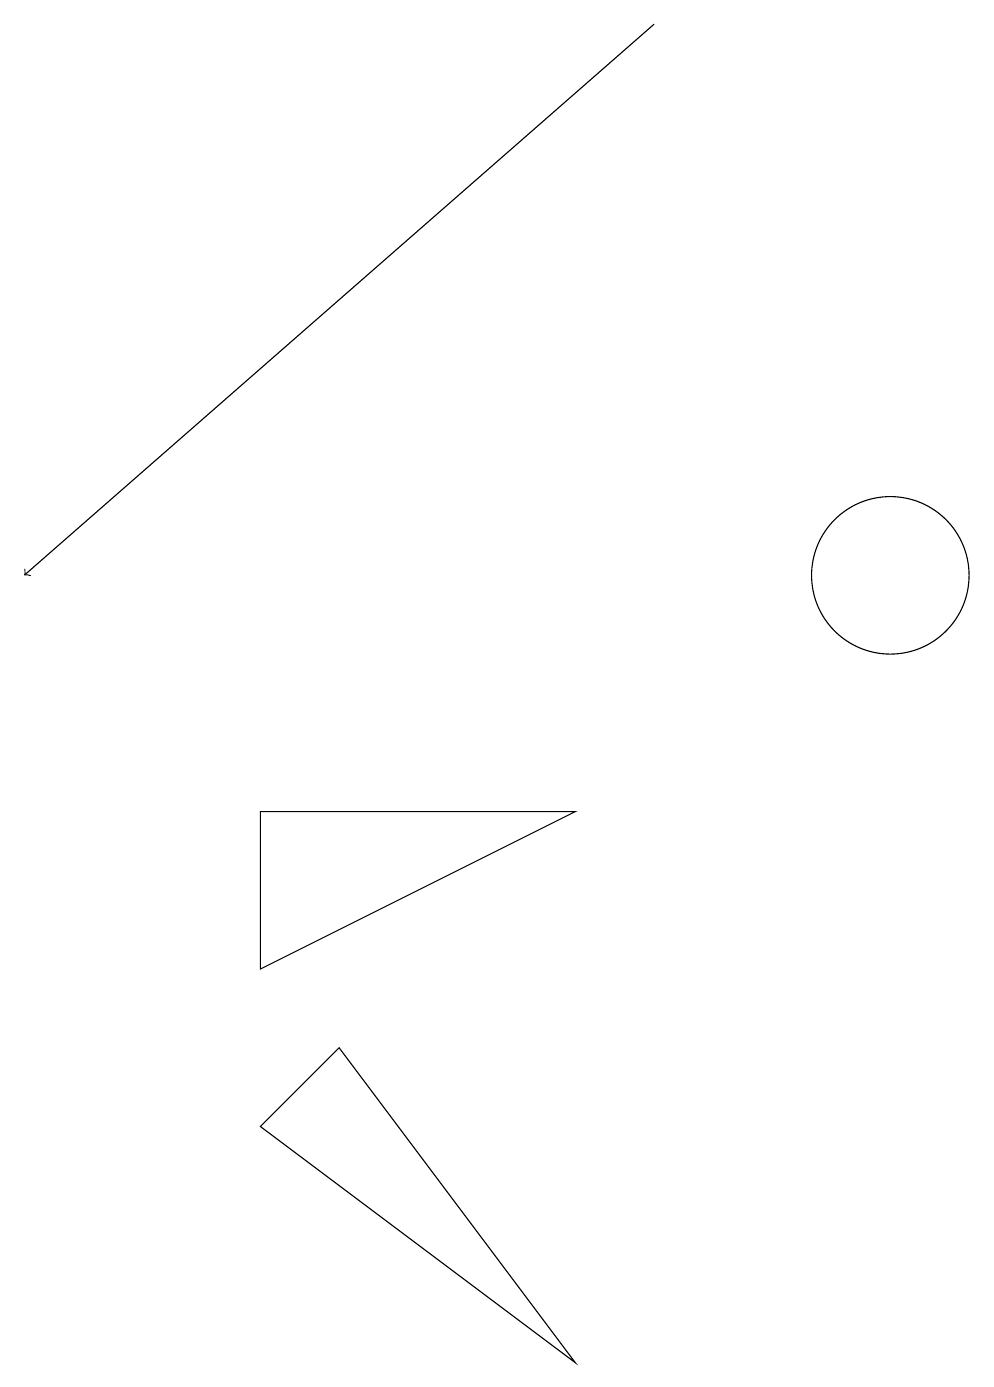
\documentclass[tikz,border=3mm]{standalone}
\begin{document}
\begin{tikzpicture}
\draw[->] (9,17) -- (1,10);
\draw (8,0) -- (5,4) -- (4,3) -- cycle;
\draw (8,7) -- (4,7) -- (4,5) -- cycle;
\draw (12,10) circle (1);
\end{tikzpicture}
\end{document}